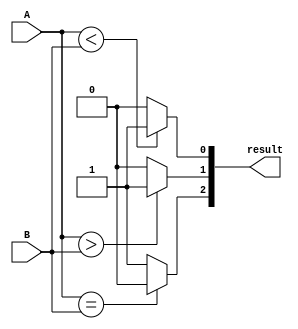
module comparator(
    input [1:0] A,
    input [1:0] B,
    output [2:0] result
);

assign result[2] = (A == B) ? 1'b0 : 1'b1; // equal
assign result[1] = (A > B) ? 1'b1 : 1'b0; // greater than
assign result[0] = (A < B) ? 1'b1 : 1'b0; // less than

endmodule